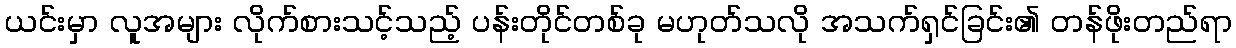
ယင်းမှာ လူအများ လိုက်စားသင့်သည့် ပန်းတိုင်တစ်ခု မဟုတ်သလို အသက်ရှင်ခြင်း၏ တန်ဖိုးတည်ရာ